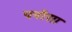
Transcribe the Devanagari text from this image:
पपौसा